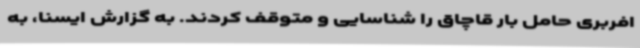
افربری حامل بار قاچاق را شناسایی و متوقف کردند. به گزارش ایسنا، به